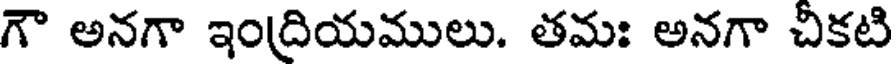
గౌ అనగా ఇంద్రియములు. తమః అనగా చికటి